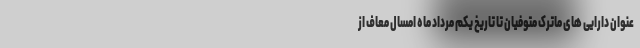
عنوان دارایی های ماترک متوفیان تا تاریخ یکم مرداد ماه امسال معاف از